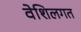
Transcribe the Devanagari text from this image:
वेशिलगत